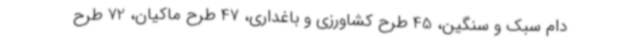
دام سبک و سنگین، 45 طرح کشاورزی و باغداری، 47 طرح ماکیان، 72 طرح